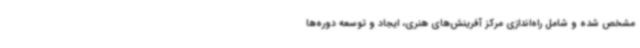
مشخص شده و شامل راه‌اندازی مرکز آفرینش‌های هنری، ایجاد و توسعه دوره‌ها